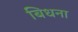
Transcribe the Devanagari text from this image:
बिधना